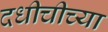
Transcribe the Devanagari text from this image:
दधीचीच्या